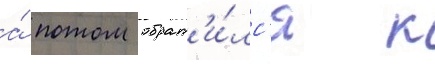
а́ потом обрат'и́лс'я к